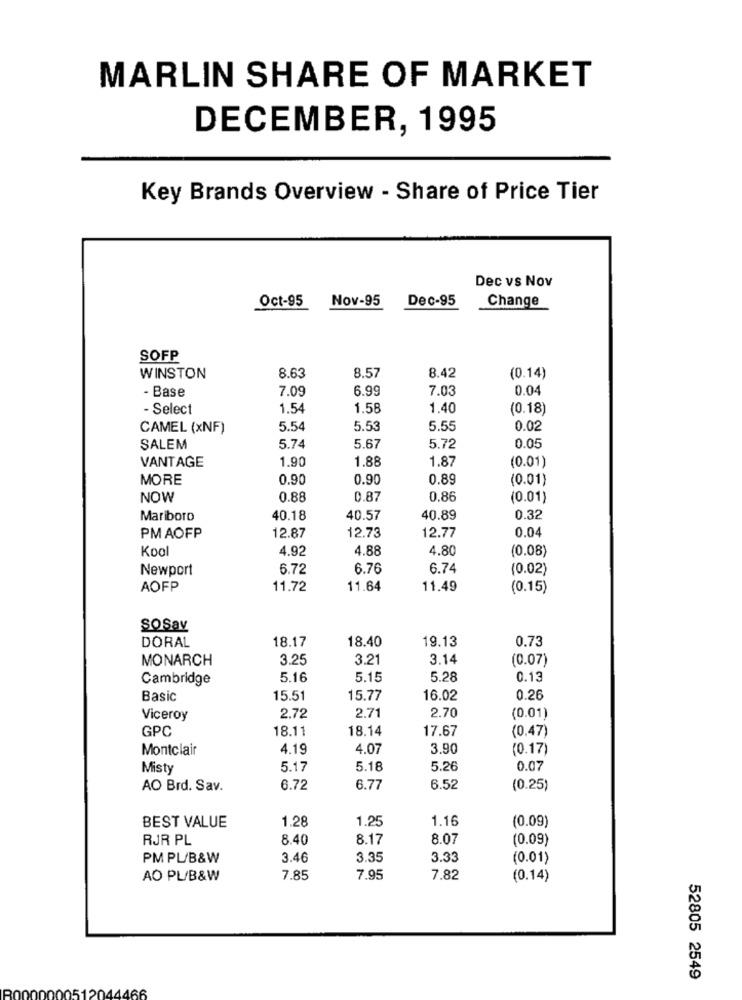
MARLIN SHARE OF MARKET
DECEMBER, 1995
Key Brands Overview - Share of Price Tier
Dec vs Nov
Oct-95
Nov-95
Dec-95
Change
SOFP
8.63
8.57
WINSTON
8.42
(0.14)
- Base
7.09
6.99
7.03
0.04
- Select
1.54
1.58
1.40
(0.18)
CAMEL (xNF)
5.54
5.53
5.55
0.02
SALEM
5.74
5.67
5.72
0.05
VANTAGE
1.90
1.88
1.87
(0.01)
MORE
0.90
0.90
0.89
(0.01)
NOW
0.88
0.87
0.86
(0.01)
Mariboro
40.18
40.57
40.89
0.32
0.04
PMAOFP
12.87
12.73
12.77
Kool
4.92
4.88
4.80
(0.08)
Newport
6.72
6.76
6.74
(0.02)
AOFP
11.72
11.64
11.49
(0.15)
SOSav
18.17
18.40
19.13
0.73
DORAL
MONARCH
3.25
3.21
3.14
(0.07)
Cambridge
5.16
5.15
5.28
0.13
Basic
15.51
15.77
16.02
0.26
2.72
2.71
2.70
Viceroy
(0.01)
GPC
18.11
18.14
17.67
(0.47)
Montclair
4.19
4.07
3.90
(0.17)
Misty
5.17
5.18
5.26
0.07
AO Brd. Sav.
6.72
6.77
6.52
(0.25)
1.28
1.25
1.16
BEST VALUE
(0.09)
RJR PL
8.40
8.17
8.07
(0.09)
PM PL/B&W
3.46
3.35
3.33
(0.01)
AO PL/B&W
7.85
7.95
7.82
(0.14)
52805 2549